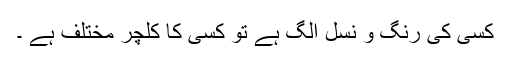
کسی کی رنگ و نسل الگ ہے تو کسی کا کلچر مختلف ہے ۔